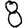
Digit: 8